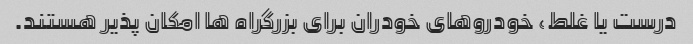
درست یا غلط، خودروهای خودران برای بزرگراه ها امکان پذیر هستند.